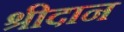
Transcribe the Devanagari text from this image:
श्रीदान